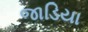
જાડિયા